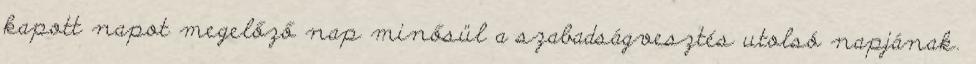
kapott napot megelőző nap minősül a szabadságvesztés utolsó napjának.